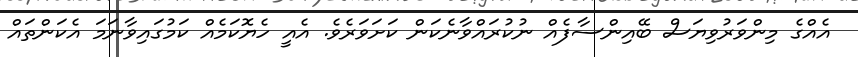
އެއްގެ މިންވަރުވިޔަސް ބޭއިންސާފެއް ނުކުރައްވާނެކަން ކަށަވަރެވެ. އެއީ ހެޔޮކަމެއް ކަމުގައިވާނަމަ އެކަންތައް